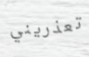
تعذريني